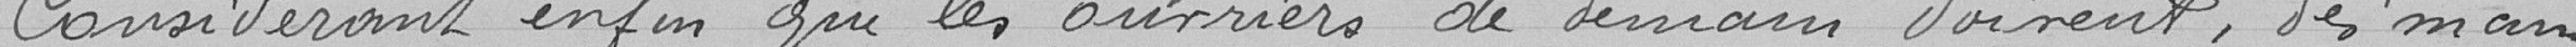
Considérant enfin que les ouvriers de demain doivent, dès main: